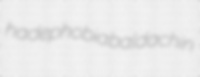
hadephobia baldachin